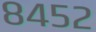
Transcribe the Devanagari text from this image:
८४५२